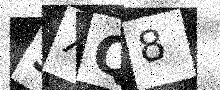
Text: 3XQ8